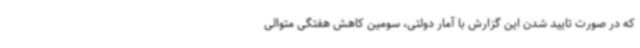
که در صورت تایید شدن این گزارش با آمار دولتی، سومین کاهش هفتگی متوالی